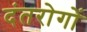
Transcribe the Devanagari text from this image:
दंतरोगों